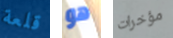
قلعة هو مؤخرات